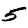
Digit: 5